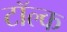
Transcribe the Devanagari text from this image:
टॉल्क